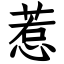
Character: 惹